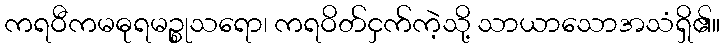
ကရဝီကမဓုရမဉ္စုသရော၊ ကရဝိတ်ငှက်ကဲ့သို့ သာယာသောအသံရှိ၏။